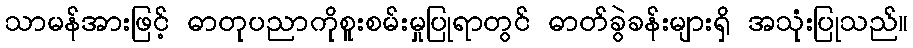
သာမန်အားဖြင့် ဓာတုပညာကိုစူးစမ်းမှုပြုရာတွင် ဓာတ်ခွဲခန်းများရှိ အသုံးပြုသည်။